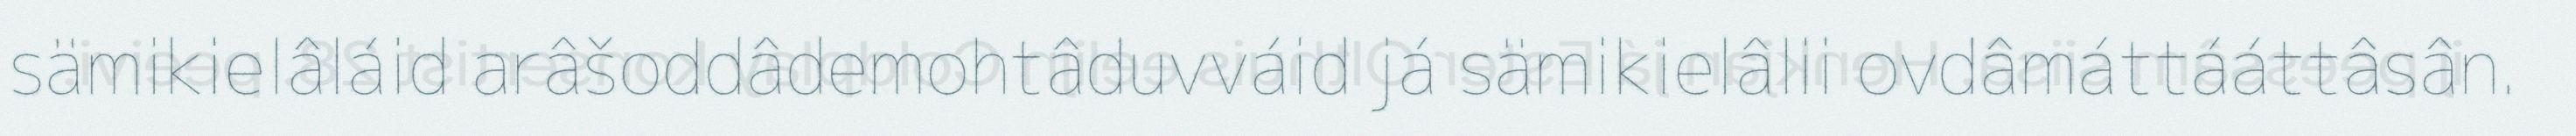
sämikielâláid arâšoddâdemohtâduvváid já sämikielâlii ovdâmáttááttâsân.